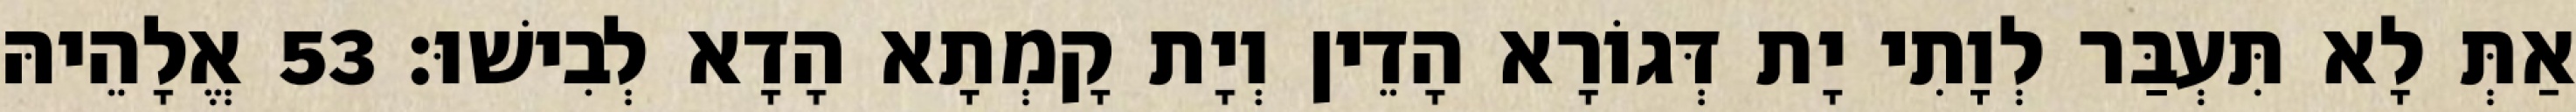
אַתְּ לָא תִּעְבַּר לְוָתִי יָת דְּגוֹרָא הָדֵין וְיָת קָמְתָא הָדָא לְבִישׁוּ׃ 53 אֱלָהֵיהּ